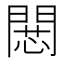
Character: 𢠶